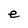
Character: e